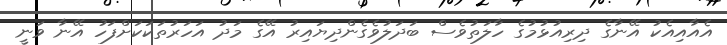
އެއާއިއެކު އޭނާގެ ދިރިއުޅުމުގެ ހާލަތުވެސް ބަދަލުވެގެންދިޔައިރު އޭގެ މަދު އަހަރުތަކަކަށްފަހު އޭނާ ވަނީ